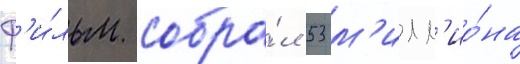
Ф'и́льм собра́л 53 м'илл'ио́на